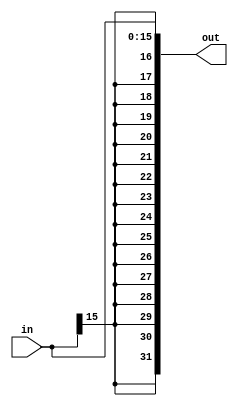
// SignExtend

module SignExtend(	in,
					out);

	parameter bit_in = 16;
	parameter bit_out = 32;

	input	[bit_in-1:0]	in;
	output	[bit_out-1:0]	out;

	assign out[bit_out-1:0] = {{(bit_out - bit_in){in[bit_in-1]}},in[bit_in-1:0]};

endmodule